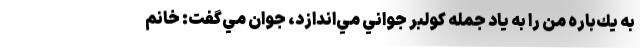
به يك‌باره من را به ياد جمله كولبر جواني مي‌اندازد، جوان مي‌گفت: خانم